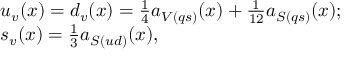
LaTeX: \begin{array} { c l c r } { { } } & { { u _ { v } ( x ) = d _ { v } ( x ) = \frac { 1 } { 4 } a _ { V ( q s ) } ( x ) + \frac { 1 } { 1 2 } a _ { S ( q s ) } ( x ) ; } } \\ { { } } & { { s _ { v } ( x ) = \frac { 1 } { 3 } a _ { S ( u d ) } ( x ) , } } \end{array}